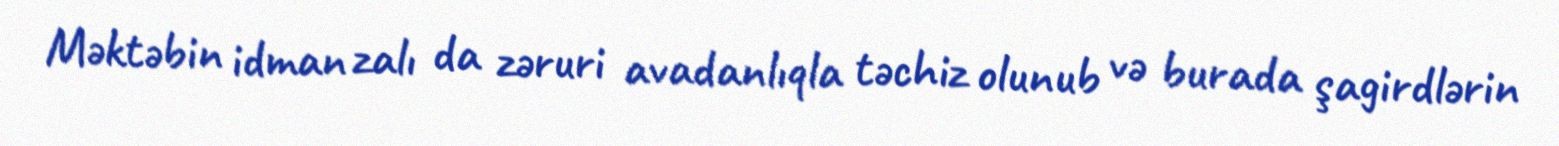
Məktəbin idman zalı da zəruri avadanlıqla təchiz olunub və burada şagirdlərin